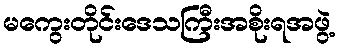
မကွေးတိုင်းဒေသကြီးအစိုးရအဖွဲ့